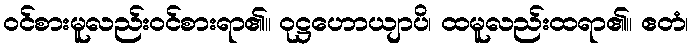
ဝင်စားမူလည်းဝင်စားရာ၏။ ဝုဋ္ဌဟောယျာပိ၊ ထမူလည်းထရာ၏။ ဧတံ၊